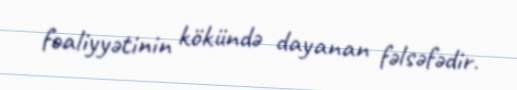
fəaliyyətinin kökündə dayanan fəlsəfədir.